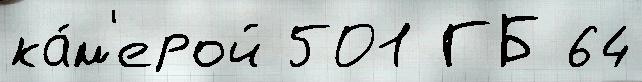
ка́м'ерой 501 ГБ 64